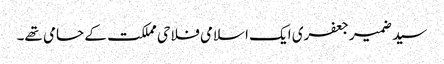
سید ضمیر جعفری ایک اسلامی فلاحی مملکت کے حامی تھے۔